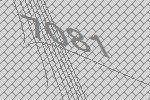
7081